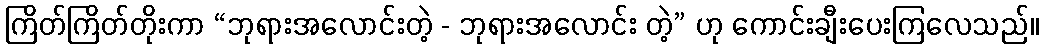
ကြိတ်ကြိတ်တိုးကာ “ဘုရားအလောင်းတဲ့ - ဘုရားအလောင်း တဲ့” ဟု ကောင်းချီးပေးကြလေသည်။